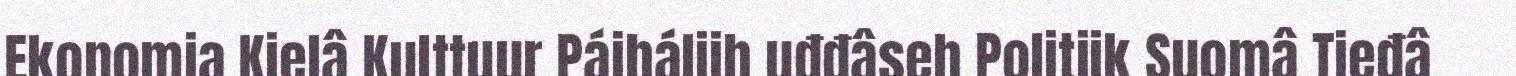
Ekonomia Kielâ Kulttuur Páiháliih uđđâseh Politiik Suomâ Tieđâ